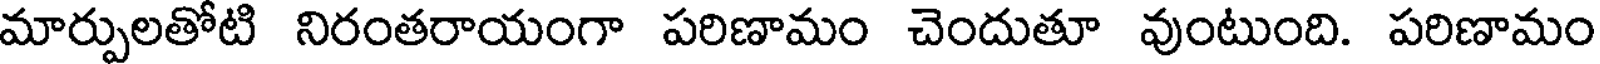
మార్పులతోటి నిరంతరాయంగా పరిణామం చెందుతూ వుంటుంది. పరిణామం